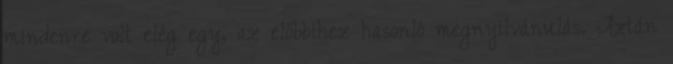
mindenre volt elég egy, az előbbihez hasonló megnyilvánulás. Aztán